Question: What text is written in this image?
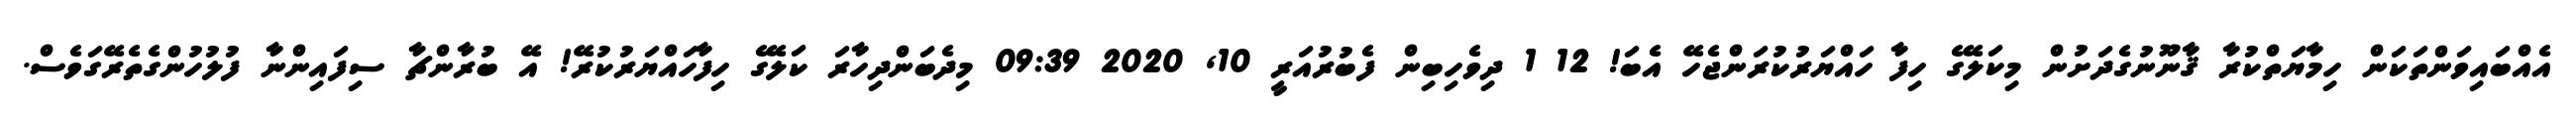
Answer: އެއްބައިވަންތަކަން ހިމާޔަތްކުރާ ޤާނޫނުގެދަށުން މިކަލޭގެ ހިފާ ހައްޔަރުކުރަންޖެހޭ އެބަ! 12 1 ދިވެހިބިން ފެބުރުއަރީ 10, 2020 09:39 މިދެބަންދިހާރަ ކަލޭގެ ހިފާހައްޔަރުކުރޭ! އޭ ބުރާންޗާ ސިފައިންނާ ފުލުހުންގެތެރޭގަވެސް.